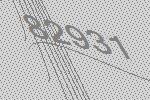
82931